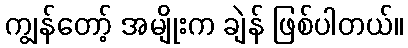
ကျွန်တော့် အမျိုးက ချဲန် ဖြစ်ပါတယ်။